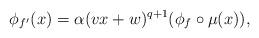
LaTeX: \begin{align*}\phi_{f'}(x) = \alpha (vx+w)^{q+1} (\phi_f \circ \mu(x)),\end{align*}